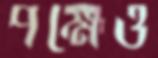
পক্ষেও